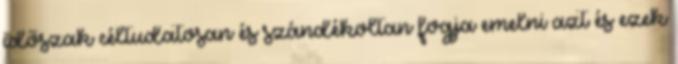
időszak céltudatosan és szándékoltan fogja emelni azt és ezek